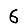
Digit: 6